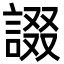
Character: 諁